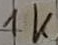
Text: 1K